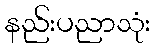
နည်းပညာသုံး